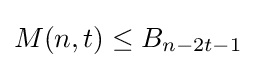
M(n,t)\leq B_{n-2t-1}